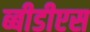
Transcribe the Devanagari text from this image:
ब्बीडीएस